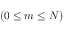
( 0 \le m \le N )